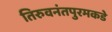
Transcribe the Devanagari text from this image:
तिरुवनंतपुरमकडे